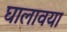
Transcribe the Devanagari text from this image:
घालावया